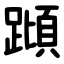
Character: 蹞